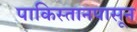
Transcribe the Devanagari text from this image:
पाकिस्तानपासून